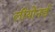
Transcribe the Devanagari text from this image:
लीयोनर्ड